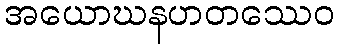
အယောဃနဟတဿေဝ